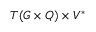
T ( G \times Q ) \times V ^ { * }